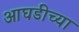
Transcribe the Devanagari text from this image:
आघडीच्या